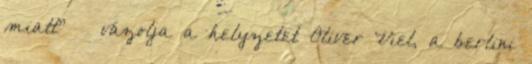
miatt” – vázolja a helyzetet Oliver Viel, a berlini